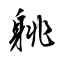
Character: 䠷